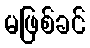
မဖြစ်ခင်